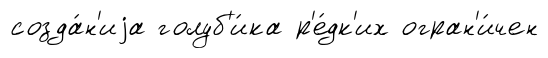
созда́н'иjа голуб'и́ка р'е́дк'их огран'и́чен